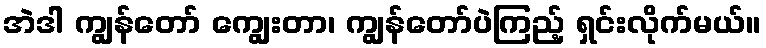
အဲဒါ ကျွန်တော် ကျွေးတာ၊ ကျွန်တော်ပဲကြည့် ရှင်းလိုက်မယ်။